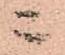
ニ